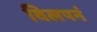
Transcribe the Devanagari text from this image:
विलपनं